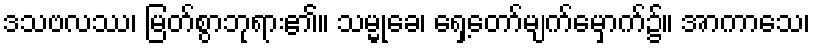
ဒသဗလဿ၊ မြတ်စွာဘုရား၏။ သမ္မုခေ၊ ရှေ့တော်မျက်မှောက်၌။ အာကာသေ၊